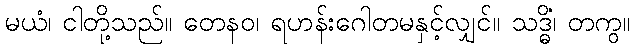
မယံ၊ ငါတို့သည်။ တေနဝ၊ ရဟန်းဂေါတမနှင့်လျှင်။ သဒ္ဓိံ၊ တကွ။